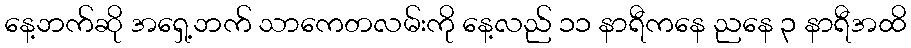
နေ့ဘက်ဆို အရှေ့ဘက် သာကေတလမ်းကို နေ့လည် ၁၁ နာရီကနေ ညနေ ၃ နာရီအထိ